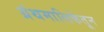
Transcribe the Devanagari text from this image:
ग्रंथमालिकेतून